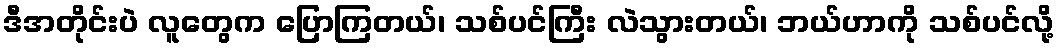
ဒီအတိုင်းပဲ လူတွေက ပြောကြတယ်၊ သစ်ပင်ကြီး လဲသွားတယ်၊ ဘယ်ဟာကို သစ်ပင်လို့